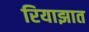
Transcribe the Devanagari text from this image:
रियाझात